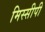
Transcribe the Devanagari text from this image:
मिस्सीपी